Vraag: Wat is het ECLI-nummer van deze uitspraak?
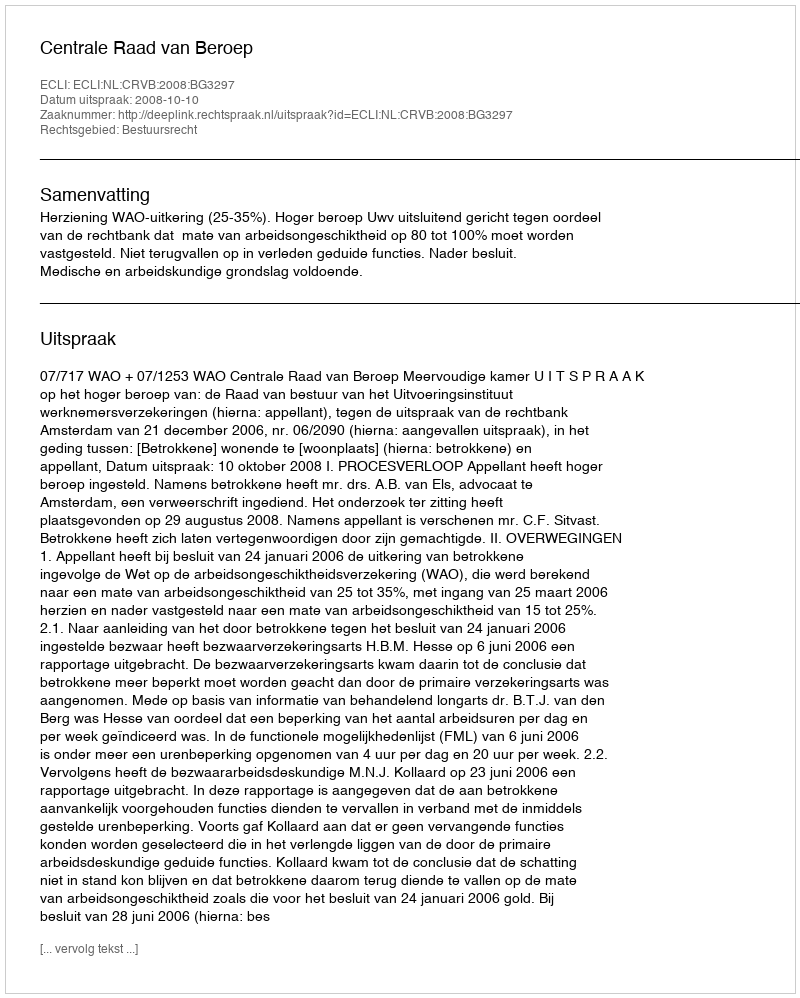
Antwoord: ECLI:NL:CRVB:2008:BG3297